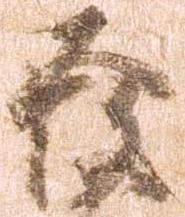
発